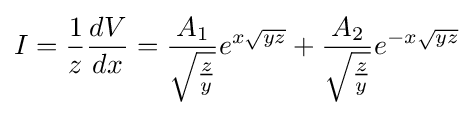
I={\frac {1}{z}}{\frac {dV}{dx}}={{\frac {A_{1}}{\sqrt {\frac {z}{y}}}}{e^{x{\sqrt {yz}}}}}+{{\frac {A_{2}}{\sqrt {\frac {z}{y}}}}{e^{-x{\sqrt {yz}}}}}